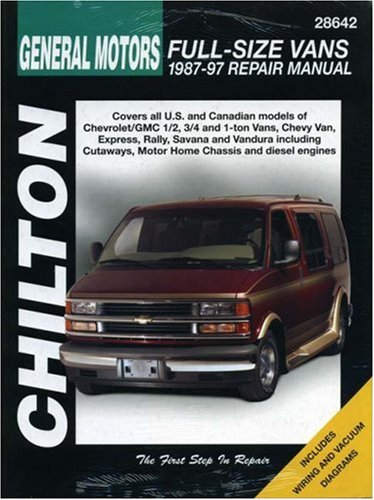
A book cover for Chevrolet Vans, 1987-97 (Chilton Total Car Care Series Manuals); Chilton; Engineering & Transportation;